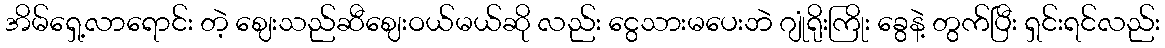
အိမ်ရှေ့လာရောင်း တဲ့ ဈေးသည်ဆီဈေးဝယ်မယ်ဆို လည်း ငွေသားမပေးဘဲ ဂျုံရိုးကြိုး ခွေနဲ့ တွက်ပြီး ရှင်းရင်လည်း